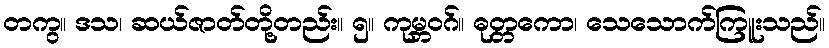
တကွ။ ဒသ၊ ဆယ်ဇာတ်တို့တည်း။ ၅။ ကုမ္ဘဝဂ်။ ဓုတ္တကော၊ သေသောက်ကြူးသည်။